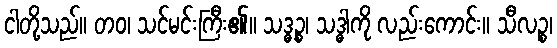
ငါတို့သည်။ တဝ၊ သင်မင်းကြီး၏။ သဒ္ဓဉ္စ၊ သဒ္ဓါကို လည်းကောင်း။ သီလဉ္စ၊